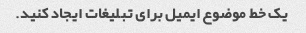
یک خط موضوع ایمیل برای تبلیغات ایجاد کنید.